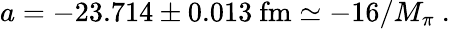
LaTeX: a=-23.714\pm 0.013\mathrm{~fm}\simeq-16/M_{\pi}~.